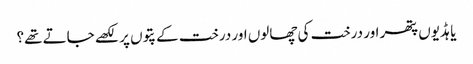
یا ہڈیوں پتھر اور درخت کی چھالوں اور درخت کے پتوں پر لکھے جاتے تھے؟